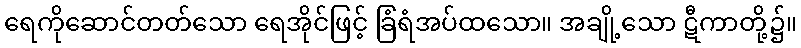
ရေကိုဆောင်တတ်သော ရေအိုင်ဖြင့် ခြံရံအပ်ထသော။ အချို့သော ဋီကာတို့၌။